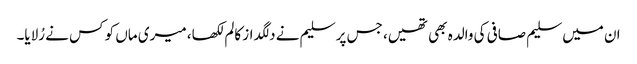
ان میں سلیم صافی کی والدہ بھی تھیں، جس پر سلیم نے دلگداز کالم لکھا، میری ماں کو کس نے رُلایا۔